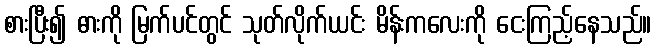
စားပြီး၍ ဓားကို မြက်ပင်တွင် သုတ်လိုက်ယင်း မိန်းကလေးကို ငေးကြည့်နေသည်။